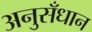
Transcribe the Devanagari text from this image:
अनुसँधान